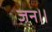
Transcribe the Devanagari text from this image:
जन।।